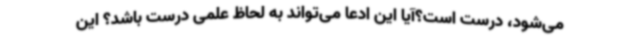
می‌شود، درست است؟آیا این ادعا می‌تواند به لحاظ علمی درست باشد؟ این